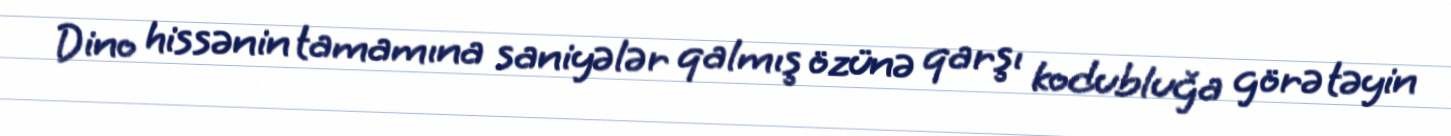
Dino hissənin tamamına saniyələr qalmış özünə qarşı kodubluğa görə təyin